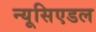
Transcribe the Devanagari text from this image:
न्यूसिएडल